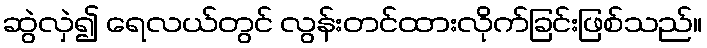
ဆွဲလှဲ၍ ရေလယ်တွင် လွန်းတင်ထားလိုက်ခြင်းဖြစ်သည်။